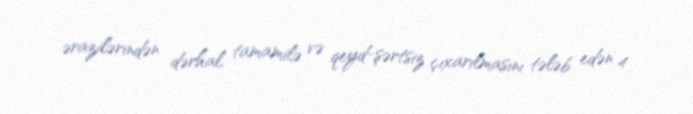
ərazilərindən dərhal, tamamilə və qeyd-şərtsiz çıxarılmasını tələb edən 4